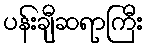
ပန်းချီဆရာကြီး